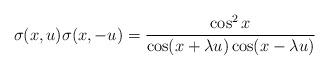
LaTeX: \begin{align*}\sigma (x,u)\sigma (x,-u)=\frac{\cos ^{2}x}{\cos (x+\lambda u)\cos (x-\lambda u)}\end{align*}